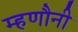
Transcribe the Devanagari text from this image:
म्हणौनी